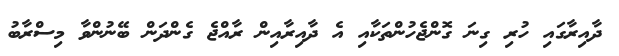
ދާއިރާގައި ހުރި ގިނަ ގޮންޖެހުންތަކާއި އެ ދާއިރާއިން ރާއްޖެ ގެންދަން ބޭނުންވާ މިސްރާބު